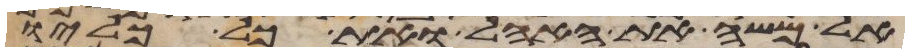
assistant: אל משה את האהל ואת כל כליו